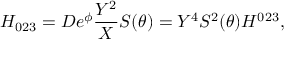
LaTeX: H _ { 0 2 3 } = D e ^ { \phi } \frac { Y ^ { 2 } } X S ( \theta ) = Y ^ { 4 } S ^ { 2 } ( \theta ) H ^ { 0 2 3 } ,